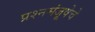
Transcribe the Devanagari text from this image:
प्रश्नमंजूषेचे